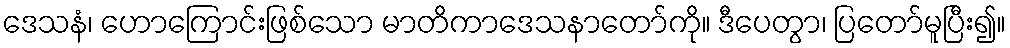
ဒေသနံ၊ ဟောကြောင်းဖြစ်သော မာတိကာဒေသနာတော်ကို။ ဒီပေတွာ၊ ပြတော်မူပြီး၍။